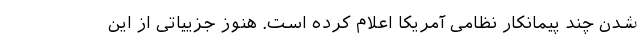
شدن چند پیمانکار نظامی آمریکا اعلام کرده است. هنوز جزییاتی از این